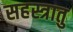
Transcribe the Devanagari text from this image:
सहस्त्रातु